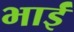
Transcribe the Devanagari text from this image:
भाईं